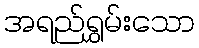
အရည်ရွှမ်းသော